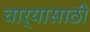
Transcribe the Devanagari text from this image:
चार्‍यासाठी